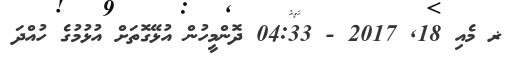
ޜ މެއި 18